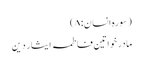
(سورہ انسان: ۸)
مادر خواتین فاطمہ ایثار دین